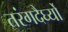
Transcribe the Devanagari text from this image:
तरंगदैर्घ्यों